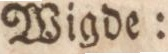
Wigde: